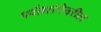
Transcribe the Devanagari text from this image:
पर्वतरांगेवरील